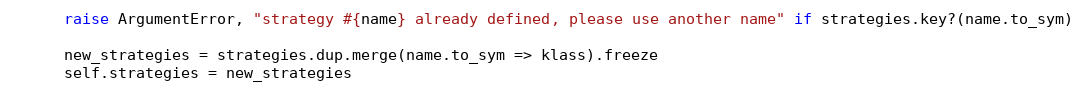
Language: Ruby
      raise ArgumentError, "strategy #{name} already defined, please use another name" if strategies.key?(name.to_sym)

      new_strategies = strategies.dup.merge(name.to_sym => klass).freeze
      self.strategies = new_strategies